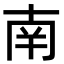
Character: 南